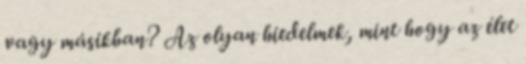
vagy másikban? Az olyan hiedelmek, mint hogy az élet